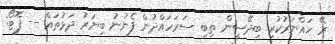
ރޭ ހައްޔަރުކުރި ބިދޭސީން ތިބި ސަރަހައްދުން ފެނުނު ބިޔަރު ދަޅުތައް -- ފޮޓޯ: